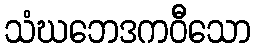
သံဃဘေဒကဝီသော